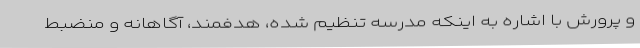
و پرورش با اشاره به اینکه مدرسه تنظیم شده، هدفمند، آگاهانه و منضبط